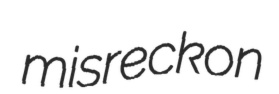
misreckon